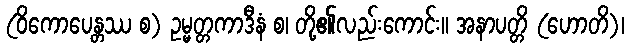
(ဝိကောပေန္တဿ စ) ဥမ္မတ္တကာဒီနံ စ၊ တို့၏လည်းကောင်း။ အနာပတ္တိ (ဟောတိ)၊